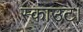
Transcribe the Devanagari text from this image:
स्काउट।